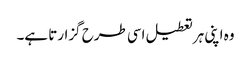
وہ اپنی ہر تعطیل اسی طرح گزارتا ہے۔